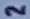
2